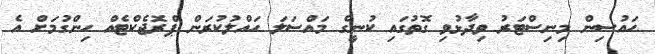
ހައުސިން މިނިސްޓަރު ވިދާޅުވި ގޮތުގައި ކުނީގެ މައްސަލަ ހައްލުކުރަން ޕްރޮޖެކްޓެއް ހިންގުމަށް އެ